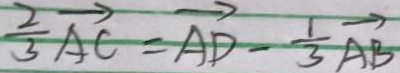
\frac { 2 } { 3 } \overrightarrow { A C } = \overrightarrow { A D } - \frac { 1 } { 3 } \overrightarrow { A B }